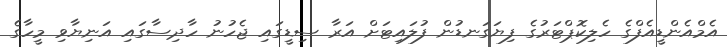
އެމްއެންޑީއެފްގެ ހެލިކޮޕްޓަރުގެ ފިޔަގަނޑުން ފުލައިޓަށް އަރާ ސިޑީގައި ޖެހުނު ހާދިސާގައި އަނިޔާވި މީހާގެ